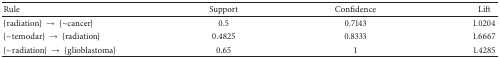
<table><thead><tr><td><b>Rule</b></td><td><b>Support</b></td><td><b>Confidence</b></td><td><b>Lift</b></td></tr></thead><tbody><tr><td>{radiation} → {~cancer}</td><td>0.5</td><td>0.7143</td><td>1.0204</td></tr><tr><td>{~temodar} → {radiation}</td><td>0.4825</td><td>0.8333</td><td>1.6667</td></tr><tr><td>{~radiation} → {glioblastoma}</td><td>0.65</td><td>1</td><td>1.4285</td></tr></tbody></table>